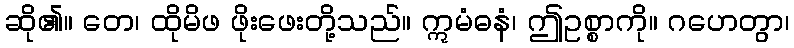
ဆို၏။ တေ၊ ထိုမိဖ ဖိုးဖေးတို့သည်။ ဣမံဓနံ၊ ဤဥစ္စာကို။ ဂဟေတွာ၊